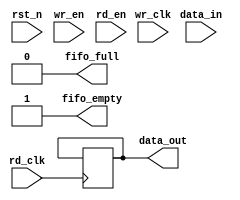
module dual_clock_fifo #(
    parameter DATA_WIDTH = 8,     // Width of each data entry
    parameter FIFO_DEPTH = 16      // Number of entries in the FIFO
)(
    input  wire                  wr_clk,        // Write clock
    input  wire                  rd_clk,        // Read clock
    input  wire                  rst_n,         // Asynchronous reset (active low)
    input  wire                  wr_en,         // Write enable
    input  wire                  rd_en,         // Read enable
    input  wire [DATA_WIDTH-1:0] data_in,      // Data input
    output reg [DATA_WIDTH-1:0] data_out,     // Data output
    output reg                  fifo_full,      // FIFO full flag
    output reg                  fifo_empty      // FIFO empty flag
);

    // Memory array
    reg [DATA_WIDTH-1:0] fifo_mem [0:FIFO_DEPTH-1];

    // Write pointer (Gray code)
    reg [3:0] wr_ptr = 0;
    reg [3:0] wr_ptr_gray = 0;

    // Read pointer (Gray code)
    reg [3:0] rd_ptr = 0;
    reg [3:0] rd_ptr_gray = 0;

    // FIFO status
    reg [4:0] fifo_count = 0; // Count of entries in the FIFO

    // Asynchronous reset
    always @(negedge rst_n) begin
        wr_ptr <= 0;
        rd_ptr <= 0;
        fifo_count <= 0;
        fifo_full <= 0;
        fifo_empty <= 1;
        wr_ptr_gray <= 0;
        rd_ptr_gray <= 0;
    end

    // Write operation
    always @(posedge wr_clk) begin
        if (wr_en && !fifo_full) begin
            fifo_mem[wr_ptr] <= data_in;
            wr_ptr <= wr_ptr + 1;
            wr_ptr_gray <= (wr_ptr + 1) ^ ((wr_ptr + 1) >> 1); // Update Gray code
            fifo_count <= fifo_count + 1;
        end
    end

    // Read operation
    always @(posedge rd_clk) begin
        if (rd_en && !fifo_empty) begin
            data_out <= fifo_mem[rd_ptr];
            rd_ptr <= rd_ptr + 1;
            rd_ptr_gray <= (rd_ptr + 1) ^ ((rd_ptr + 1) >> 1); // Update Gray code
            fifo_count <= fifo_count - 1;
        end
    end

    // Generate full and empty flags
    always @(*) begin
        fifo_full = (fifo_count == FIFO_DEPTH);
        fifo_empty = (fifo_count == 0);
    end

    // Synchronize write pointer across the read domain
    reg [3:0] wr_ptr_sync1, wr_ptr_sync2;
    always @(posedge rd_clk) begin
        wr_ptr_sync1 <= wr_ptr_gray;
        wr_ptr_sync2 <= wr_ptr_sync1;
    end

    // Synchronize read pointer across the write domain
    reg [3:0] rd_ptr_sync1, rd_ptr_sync2;
    always @(posedge wr_clk) begin
        rd_ptr_sync1 <= rd_ptr_gray;
        rd_ptr_sync2 <= rd_ptr_sync1;
    end

endmodule